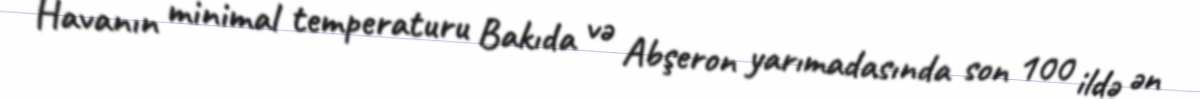
Havanın minimal temperaturu Bakıda və Abşeron yarımadasında son 100 ildə ən